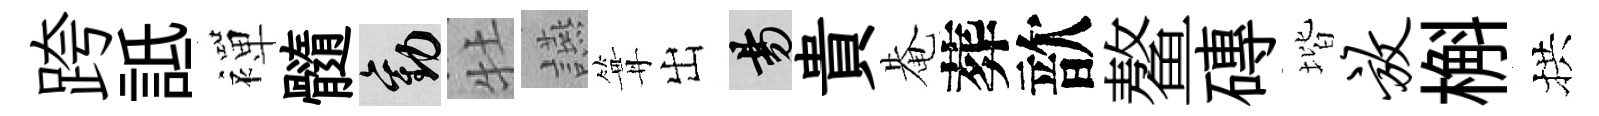
跨詆襌髓勸牡讌篝出昜貴𤲅葬歆鳌磚堦放槲拱